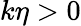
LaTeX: k\eta>0